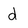
Character: d